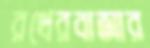
রথেরবাজার